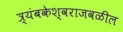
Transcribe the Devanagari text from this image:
त्र्यंबकेश्वराजवळील